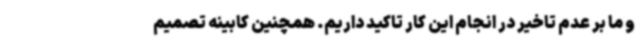
و ما بر عدم تاخیر در انجام این کار تاکید داریم. همچنین کابینه تصمیم